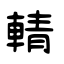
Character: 輤